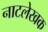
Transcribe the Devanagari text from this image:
नाटलेखक